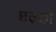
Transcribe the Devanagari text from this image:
एल्सो